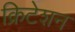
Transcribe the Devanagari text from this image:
क्रिटेशन